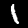
Digit: 1